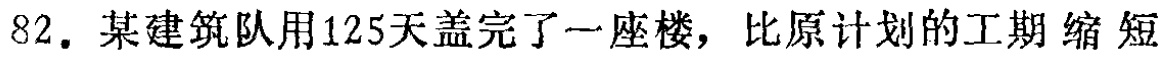
82. 某建筑队用125天盖完了一座楼，比原计划的工期 缩 短